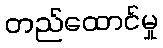
တည်ထောင်မှု